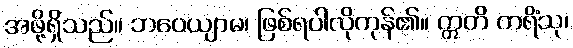
အဖို့ရှိသည်။ ဘဝေယျာမ၊ ဖြစ်ရပါလိုကုန်၏။ ဣတိ ကရိံသု၊